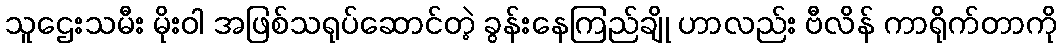
သူဌေးသမီး မိုးဝါ အဖြစ်သရုပ်ဆောင်တဲ့ ခွန်းနေကြည်ချို ဟာလည်း ဗီလိန် ကာရိုက်တာကို